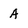
Character: A